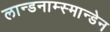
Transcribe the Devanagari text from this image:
लान्डनाम्स्मान्डेन